Reports on dispensaries and lunatic asylums in the Province of Oudh - 1869-1876
Year: 1869
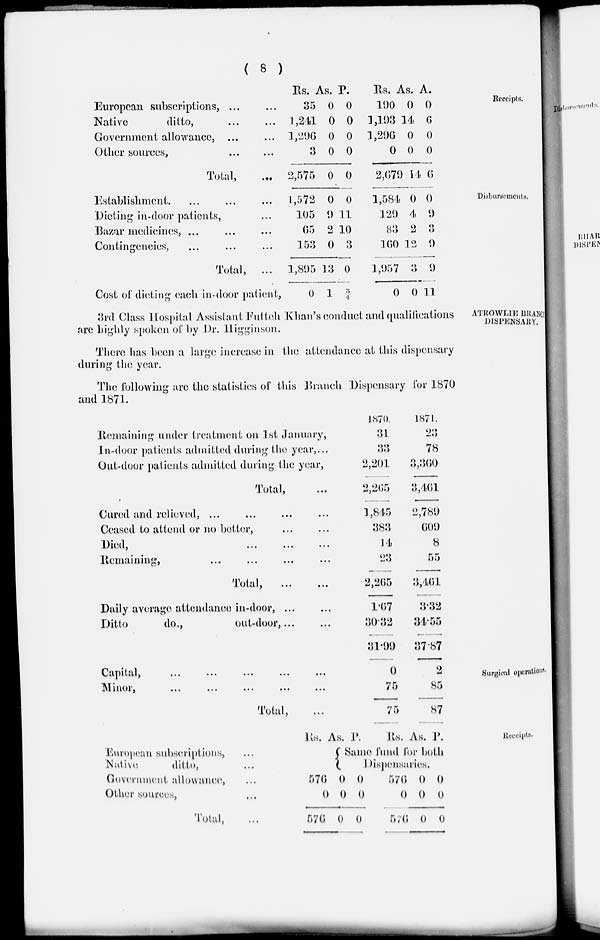
( 8 )
Receipts.
European subscriptions, ... ...
Native
ditto, ... ...
Government allowance, ... ...
Other sources, ... ...
Total,
...
Rs.
35
1,241
1,296
3
2,575
As.
0
0
0
0
0
P.
0
0
0
0
0
Rs.
190
1,193
1,296
0
2,679
As.
0
14
0
0
14
P.
0
6
0
0
6
Disbursements.
Establishment. ... ... ...
Dieting in-door patients, ...
Bazar medicines, ... ... ...
Contingencies, ... ... ...
Total,
...
Cost of dieting each in-door patient,
1,572
105
65
153
1,895
0
0
9
2
0
13
1
0
11
10
3
0
¾
1,584
129
83
160
1,957
0
0
4
2
12
3
0
0
9
3
9
9
11
ATROWLIE BRANCH
DISPENSARY.
3rd Class Hospital Assistant Futteh Khan's conduct and qualifications
are highly spoken of by Dr. Higginson.
There has been a large increase in the attendance at this dispensary
during the year.
The following are the statistics of this Branch Dispensary for 1870
and 1871.
Remaining under treatment on 1st January,
In-door patients admitted during the year, ...
Out-door patients admitted during the year,
Total, ...
Cured and relieved, ... ... ... ...
Ceased to attend or no better, ... ...
Died, ... ... ...
Remaining, ... ... ... ...
Total, ... ...
Daily average attendance in-door, ... ...
Ditto
do.,
out-door, ... ...
1870.
31
33
2,201
2,265
1,845
383
14
23
2,265
1.67
30.32
31.99
1871.
23
78
3,360
3,461
2,789
609
8
55
3,461
3.32
34.55
37.87
Surgical operations.
Capital, ... ... ... ... ...
Minor, ... ... ... ... ...
Total, ...
0
75
75
2
85
87
Receipts.
European subscriptions, ...
Native
ditto, ...
Government allowance, ...
Other sources, ...
Total, ...
Rs.
As. P.
Rs. As. P.
Same fund for both
Dispensaries.
576
0
576
0
0
0
0
0
0
576
0
576
0
0
0
0
0
0